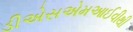
ડીએસએમઆઈવીથી